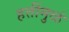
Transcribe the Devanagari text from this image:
हत्तींमुळं